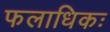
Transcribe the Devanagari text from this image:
फलाधिकः